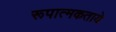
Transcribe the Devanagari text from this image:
रूपात्मकताये